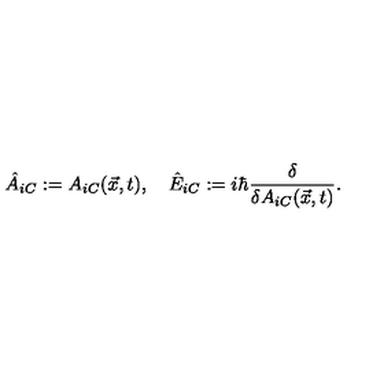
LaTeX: { \hat { A } } _ { i C } : = A _ { i C } ( { \vec { x } } , t ) , \quad { \hat { E } } _ { i C } : = i { \hbar } { \frac { \delta } { \delta A _ { i C } ( { \vec { x } } , t ) } } .